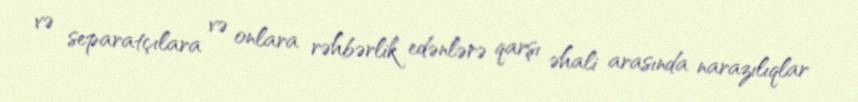
və separatçılara və onlara rəhbərlik edənlərə qarşı əhali arasında narazılıqlar